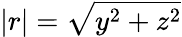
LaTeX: |r|=\sqrt{y^{2}+z^{2}}